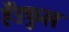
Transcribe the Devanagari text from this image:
हैंडफुल